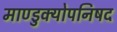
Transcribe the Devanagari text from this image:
माण्डुक्योपनिषद